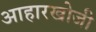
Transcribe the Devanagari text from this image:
आहारखोजी